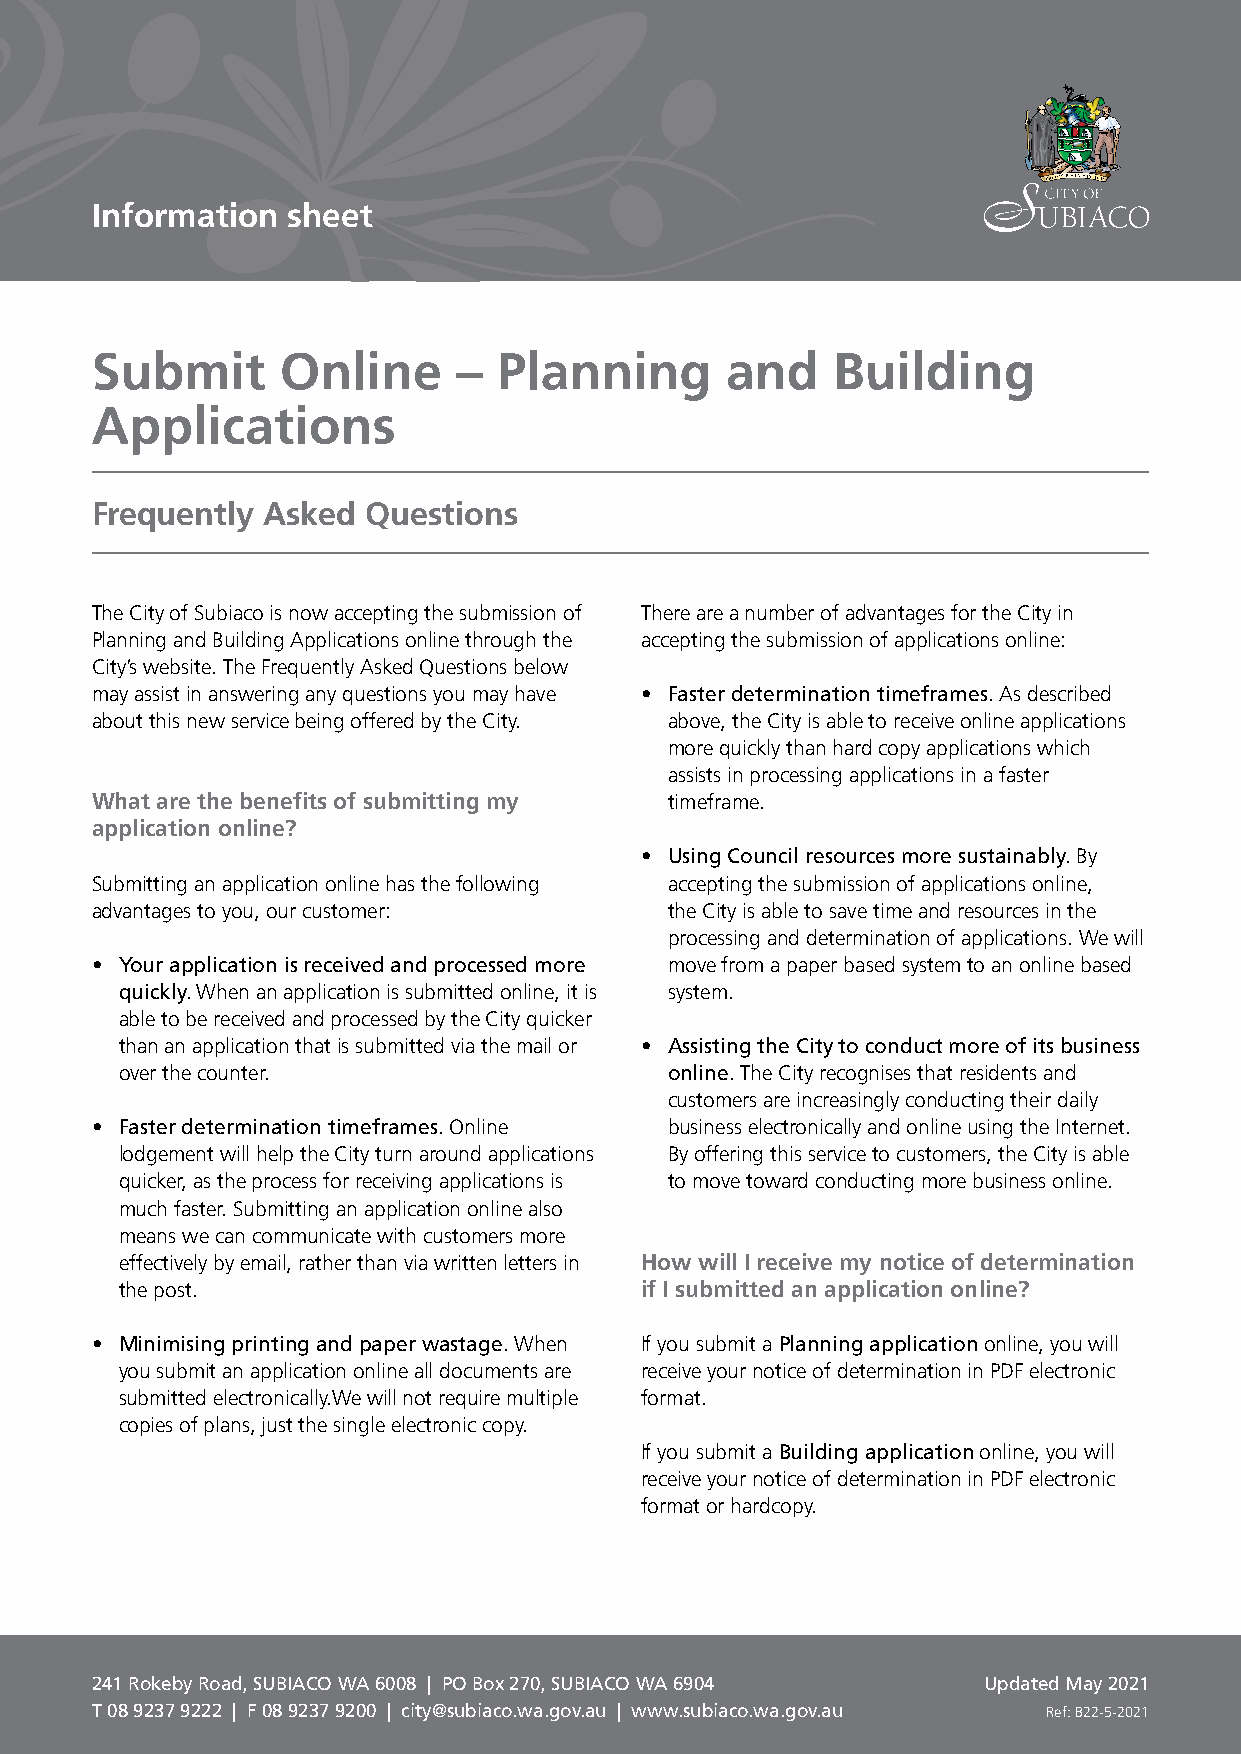
Information  sheet
 Submit       Online     –  Planning       and    Building
 Applications
 Frequently Asked  Questions
 The City of Subiaco is now accepting the submission of There are a number of advantages for the City in
 Planning and Building Applications online through the accepting the submission of applications online:
 City’s website. The Frequently Asked Questions below
 may assist in answering any questions you may have • Faster determination timeframes. As described
 about this new service being offered by the City. above, the City is able to receive online applications
 more quickly than hard copy applications which
 assists in processing applications in a faster
 What are the benefits of submitting my timeframe.
 application online?
 • Using Council resources more sustainably. By
 Submitting an application online has the following accepting the submission of applications online,
 advantages to you, our customer:      the City is able to save time and resources in the
 processing and determination of applications. We will
 • Your application is received and processed more move from a paper based system to an online based
 quickly. When an application is submitted online, it is system.
 able to be received and processed by the City quicker
 than an application that is submitted via the mail or • Assisting the City to conduct more of its business
 over the counter.                   online. The City recognises that residents and
 customers are increasingly conducting their daily
 • Faster determination timeframes. Online business electronically and online using the Internet.
 lodgement will help the City turn around applications By offering this service to customers, the City is able
 quicker, as the process for receiving applications is to move toward conducting more business online.
 much faster. Submitting an application online also
 means we can communicate with customers more
 effectively by email, rather than via written letters in How will I receive my notice of determination
 the post.                         if I submitted an application online?
 • Minimising printing and paper wastage. When If you submit a Planning application online, you will
 you submit an application online all documents are receive your notice of determination in PDF electronic
 submitted electronically.We will not require multiple format.
 copies of plans, just the single electronic copy.
 If you submit a Building application online, you will
 receive your notice of determination in PDF electronic
 format or hardcopy.
 241 Rokeby Road, SUBIACO WA 6008 | PO Box 270, SUBIACO WA 6904 Updated May 2021
 T 08 9237 9222 | F 08 9237 9200 | city@subiaco.wa.gov.au | www.subiaco.wa.gov.au Ref: B22-5-2021